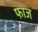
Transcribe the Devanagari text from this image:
फांज